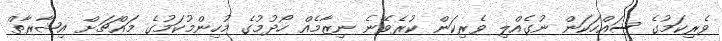
ވެރިކަމުގެ ސައްހަކަން ނުގެއްލި ވެރިކަން ކުރެވޭނެ ނިޒާމެއް ހޯދުމުގެ މުހިންމުކަމުގެ މައްޗަށް އިޝާރާތް